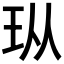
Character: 𪻐